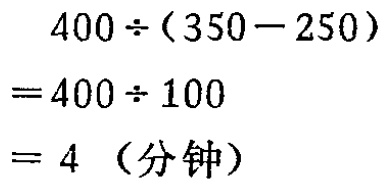
\[

\begin{align*}

&400\div(350 - 250)\\

=&400\div100\\

=&4 \text{（分钟）}

\end{align*}

\]